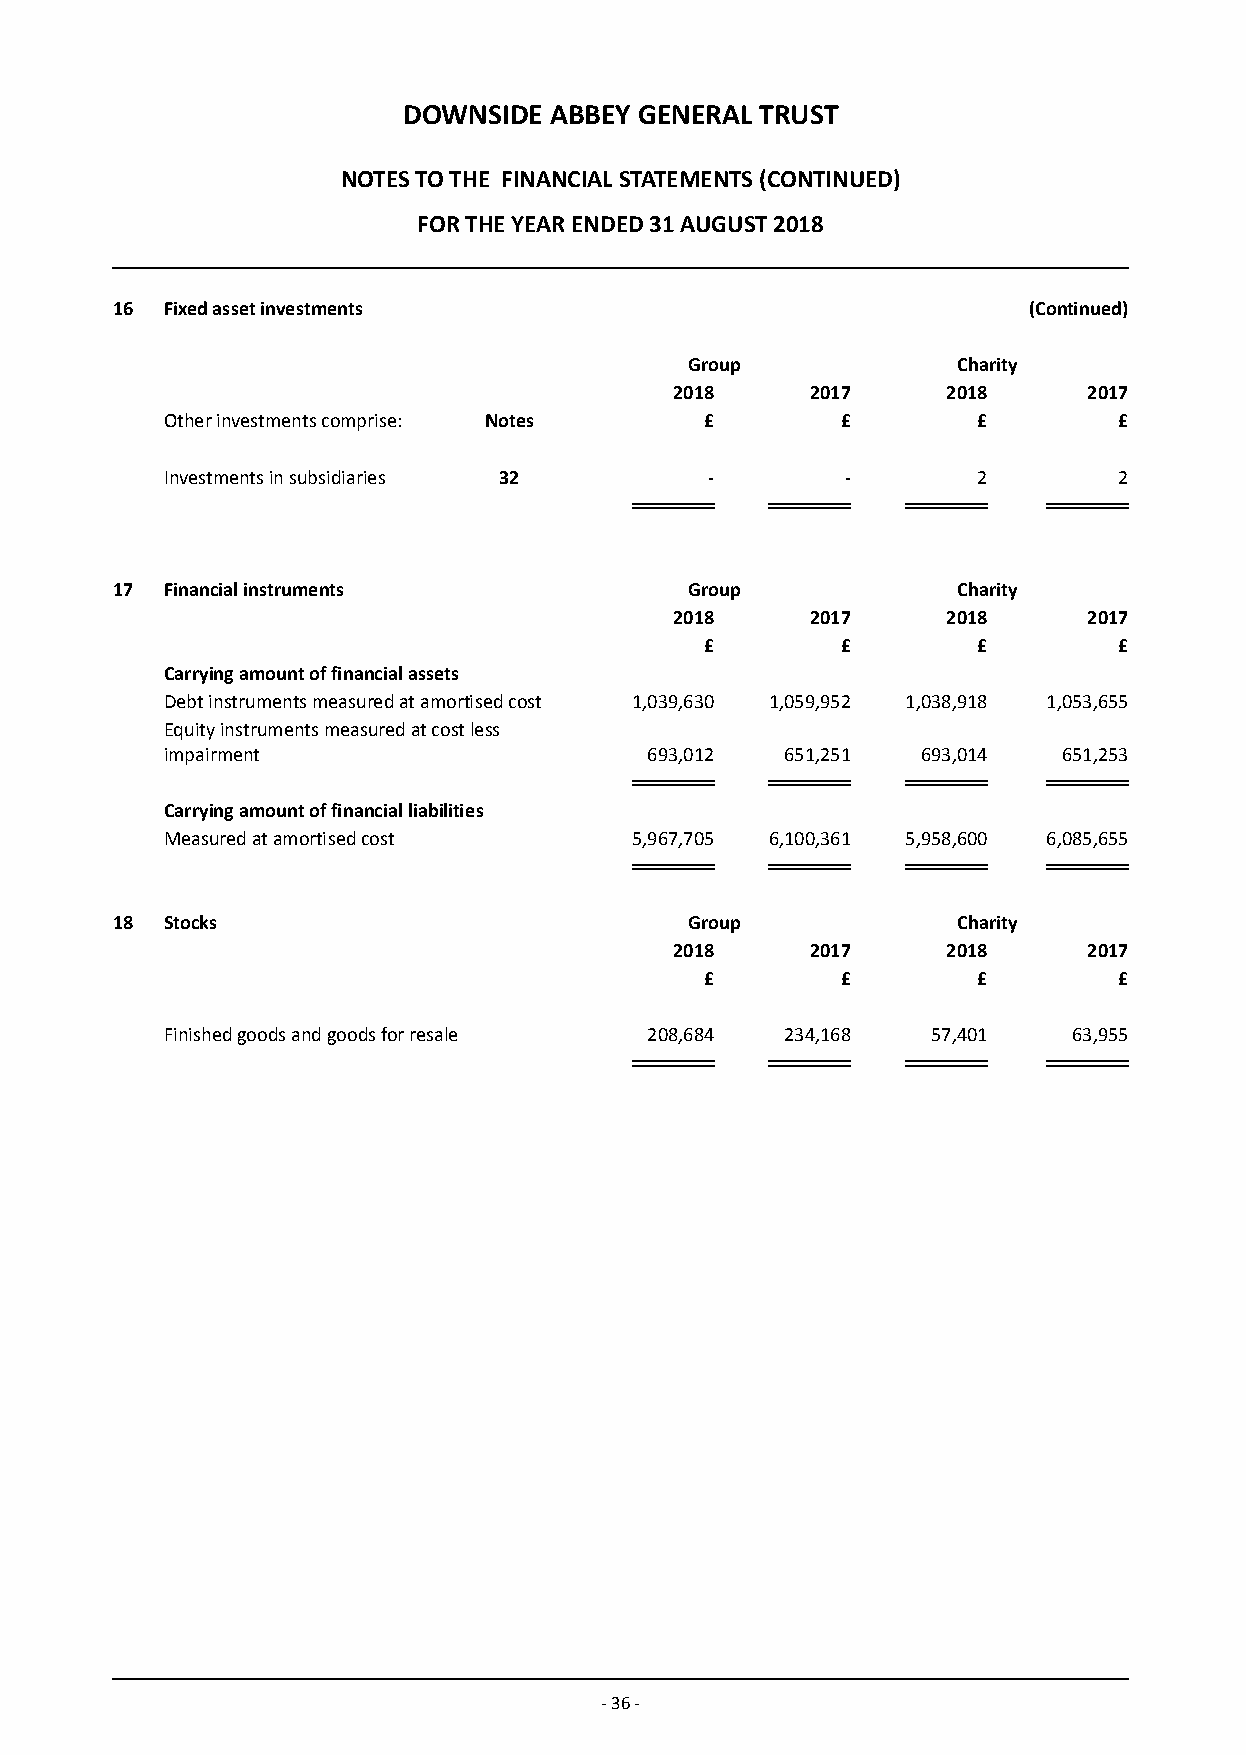
DOWNSIDE ABBEY GENERAL TRUST
 NOTES TO THE FINANCIAL STATEMENTS (CONTINUED)
 FOR THE YEAR ENDED 31 AUGUST 2018
 16  Fixed asset investments                                  (Continued)
 Group            Charity
 2018     2017     2018     2017
 Other investments comprise: Notes   £        £        £        £
 Investments in subsidiaries 32      -        -        2        2
 17  Financial instruments              Group            Charity
 2018     2017     2018     2017
 £        £        £        £
 Carrying amount of financial assets
 Debt instruments measured at amortised cost 1,039,630 1,059,952 1,038,918 1,053,655
 Equity instruments measured at cost less
 impairment                      693,012  651,251  693,014  651,253
 Carrying amount of financial liabilities
 Measured at amortised cost     5,967,705 6,100,361 5,958,600 6,085,655
 18  Stocks                             Group            Charity
 2018     2017     2018     2017
 £        £        £        £
 Finished goods and goods for resale 208,684 234,168 57,401  63,955
 - 36 -